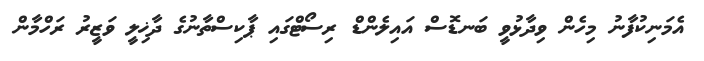
އެމަނިކުފާނު މިހެން ވިދާޅުވީ ބަނޑޮސް އައިލެންޑް ރިސޯޓްގައި ޕާކިސްތާނުގެ ދާޚިލީ ވަޒީރު ރަހްމާން